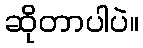
ဆိုတာပါပဲ။